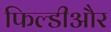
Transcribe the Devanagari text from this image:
फिल्डीऔर